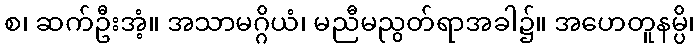
စ၊ ဆက်ဦးအံ့။ အသာမဂ္ဂိယံ၊ မညီမညွတ်ရာအခါ၌။ အဟေတူနမ္ပိ၊